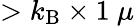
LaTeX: >k_{\mathrm{B}}\times 1~\mu